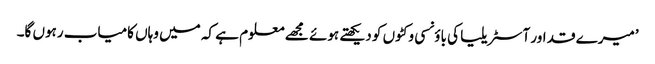
’میرے قد اور آسٹریلیا کی باؤنسی وکٹوں کو دیکھتے ہوئے مجھے معلوم ہے کہ میں وہاں کامیاب رہوں گا۔